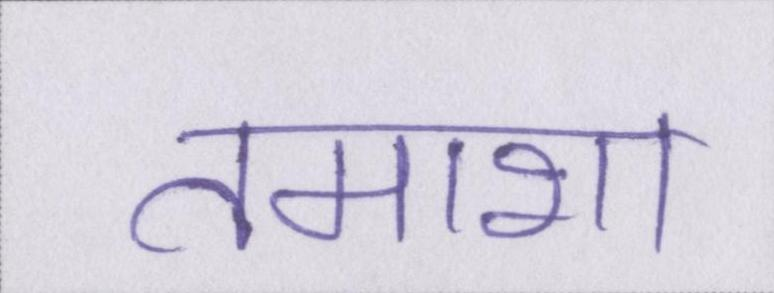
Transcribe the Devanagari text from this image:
तमाशा